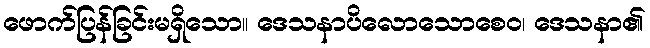
ဖောက်ပြန်ခြင်းမရှိသော။ ဒေသနာပိလောသောစေဝ၊ ဒေသနာ၏